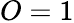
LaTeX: O=1